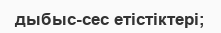
дыбыс-сес етістіктері;